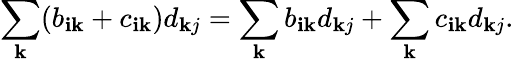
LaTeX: \sum_{\mathbf{k}}(b_{\mathbf{i}\mathbf{k}}+c_{\mathbf{i}\mathbf{k}})d_{\mathbf{k}j}=\sum_{\mathbf{k}}b_{\mathbf{i}\mathbf{k}}d_{\mathbf{k}j}+\sum_{\mathbf{k}}c_{\mathbf{i}\mathbf{k}}d_{\mathbf{k}j}.